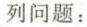
列问题：